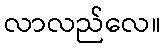
လာလည်လေ။